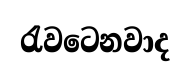
රැවටෙනවාද